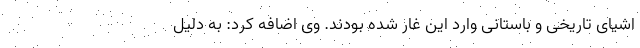
اشیای تاریخی و باستانی وارد این غار شده بودند. وی اضافه کرد: به دلیل